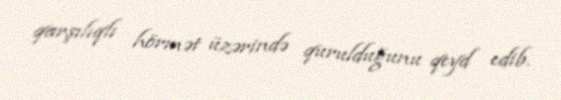
qarşılıqlı hörmət üzərində qurulduğunu qeyd edib.